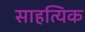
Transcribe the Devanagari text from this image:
साहत्यिक